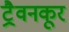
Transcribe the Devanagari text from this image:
ट्रैवनकूर